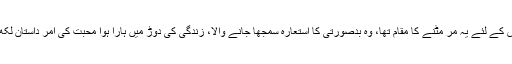
اہل پیرس کے لئے یہ مر مٹنے کا مقام تھا، وہ بدصورتی کا استعارہ سمجھا جانے والا، زندگی کی دوڑ میں ہارا ہوا محبت کی امر داستان لکھ رہا تھا۔